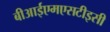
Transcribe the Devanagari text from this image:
बीआईएमएसटीइसी